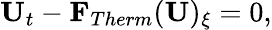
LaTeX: \mathbf{U}_{t}-\mathbf{F}_{Therm}(\mathbf{U})_{\xi}=0,